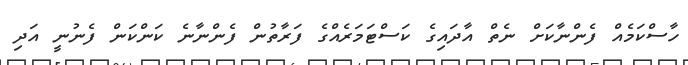
ހާސްކަމެއް ފެންނާކަށް ނެތް އާދައިގެ ކަސްޓަމަރެއްގެ ފަރާތުން ފެންނާނެ ކަންކަން ފެނުނީ އަދި